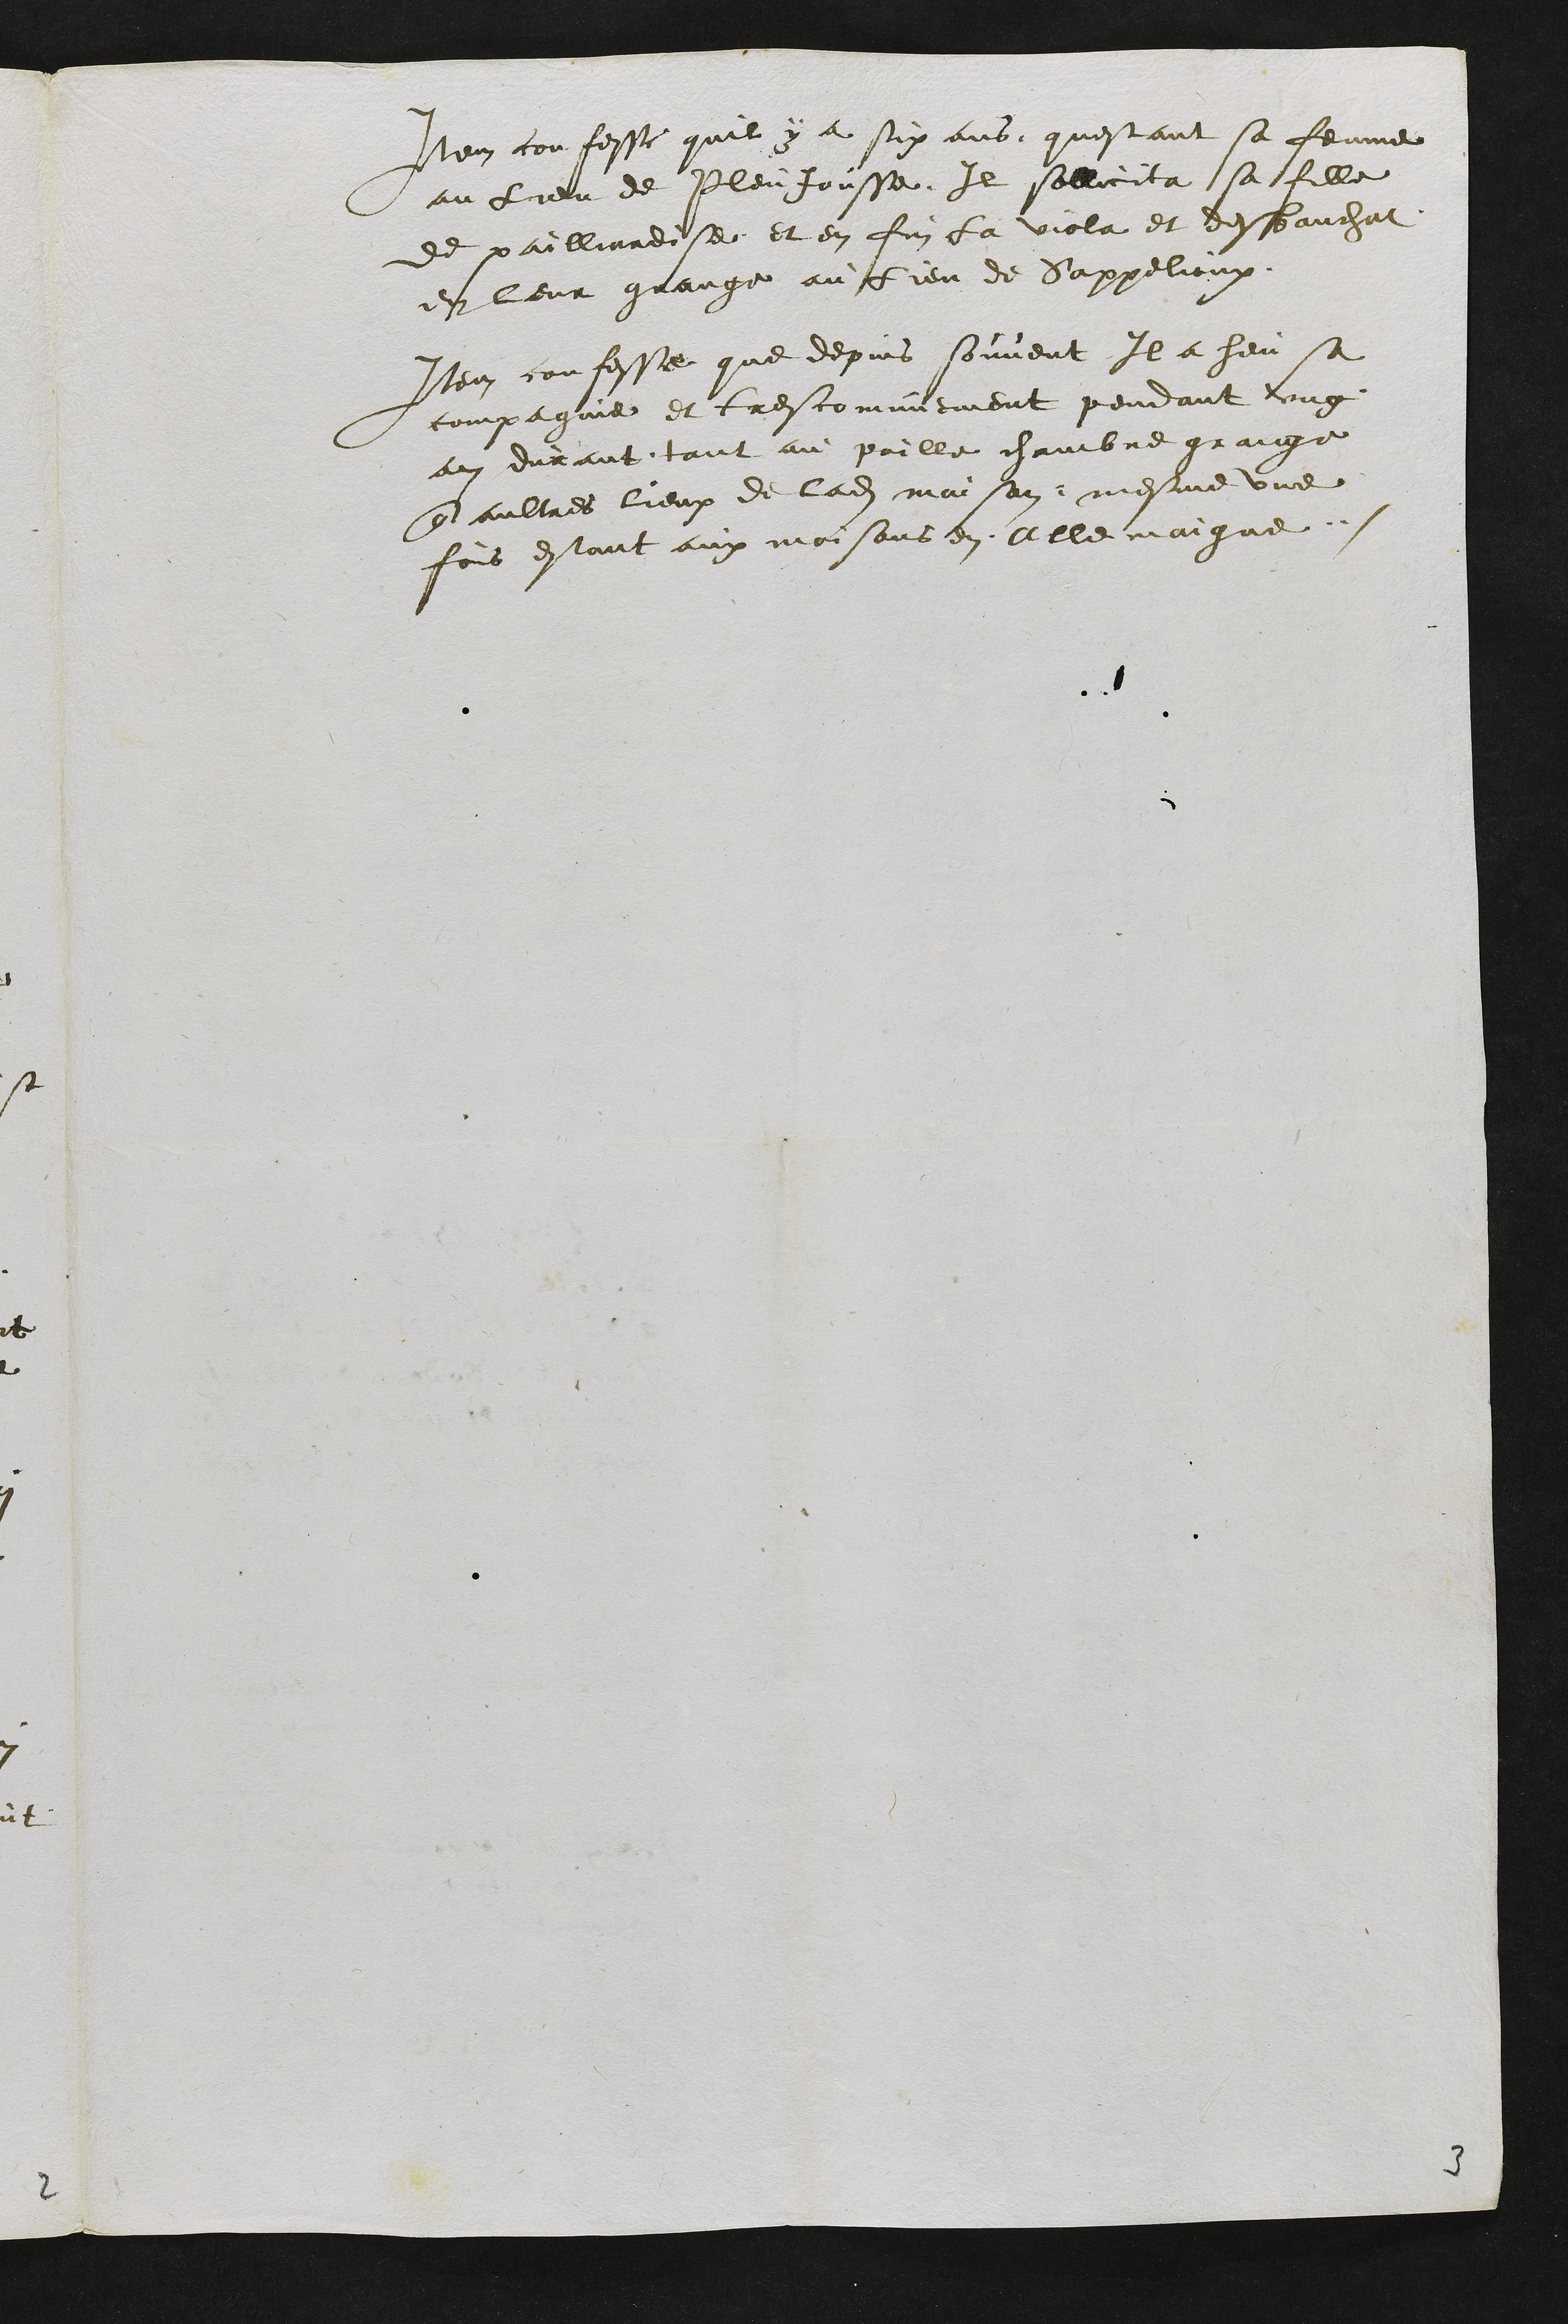
Item confesse quil y a six ans questant sa femme
au lieu de Pleujousse Il sollicita sa fille
de pailliardise et en fin la viola et desbauchat
en leur grange au lieu de Sappellieux
Item confesse que depuis souvent Il a heu sa
compagnie et tres comunement pendant ung
an durant tant au poille chambre grange
que aultres lieux de ladite maison mesme une
fois estant aux moisons en Allemaigne
3